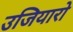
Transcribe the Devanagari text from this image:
उजियारो